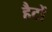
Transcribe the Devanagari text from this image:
हैटों